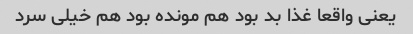
یعنی واقعا غذا بد بود هم مونده بود هم خیلی سرد